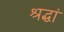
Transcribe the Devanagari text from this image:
श्रद्धां